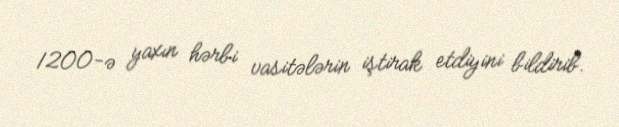
1200-ə yaxın hərbi vasitələrin iştirak etdiyini bildirib.